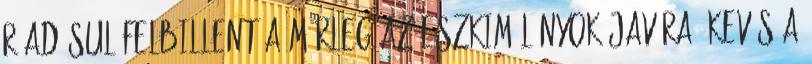
ráadásul felbillent a mérleg az eszkimólányok javára: kevés a